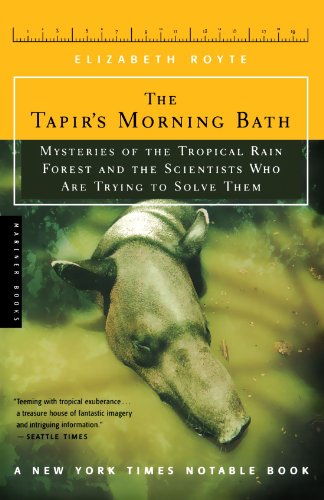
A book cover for The Tapir's Morning Bath: Solving the Mysteries of the Tropical Rain Forest; Elizabeth Royte; Science & Math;